system: You are a helpful assistant.
user:
Analyze the provided spectrum to determine if it is a **M-type Giant (gM)**.

A M-type Giant spectrum is defined by its **strong molecular absorption** features, particularly from **Titanium Oxide (TiO)**. You must check for one of the following mutually exclusive signatures:

- **Key Visual Indicators (Absorption-Dominated Spectrum):**

    - **(Primary):** The spectrum is dominated by strong molecular absorption from **Titanium Oxide (TiO)**. This is the **defining feature** of its M-type temperature class.
        - **(Key Bandheads):** Look for sharp, "saw-tooth" absorption valleys. The strongest are located near **~7050 Å**, **~6160 Å**, and **~5170 Å**.
        - **(Line Profile):** The "saw-tooth" morphology is critical: a **sharp, steep drop on the BLUE (short-wavelength) side** of the bandhead, followed by a gradual recovery (rising flux) towards the RED (long-wavelength) side.

    - **(Key Confirmation - Giant vs. Dwarf):** **ABSENCE** of strong **Calcium Hydride (CaH)** molecular bands. This is the primary diagnostic for *excluding* M-dwarfs.
        - **(Key Region):** The spectrum should lack the strong, broad absorption band seen in dwarfs between **~6800 Å and ~7000 Å**.

    - **(Secondary Confirmation - Giant):** A very strong and broad **Neutral Calcium (Ca I)** atomic absorption line.
        - **(Key Line):** Located at **~4226 Å**. In a giant (gM), this line is significantly deeper and broader than the same line in an M-dwarf (dM) due to low surface gravity.

    - **(Overall Spectrum):**
        - The continuum is **extremely red-sloping** (i.e., flux is very low in the blue and rises dramatically towards the red).
        - The entire spectrum appears "chopped up" by the deep TiO bands.

Think first, call **spectral_visualization_tool** if needed to examine features in detail, then provide your final answer. Your response must adhere to the following strict rules:
1.  **Overall Structure:** Your response must follow the format `<think>...</think> <tool_call>...</tool_call> (if a tool is used) <answer>...</answer>`.
2.  **Tool Usage Constraint:** You may only make **one** tool call per turn.
3.  **Final Answer Format:** In the `<answer>` tag, your conclusion must be inside a `\boxed{}` command (e.g., `\boxed{YES}` or `\boxed{NO}`), followed by your justification.

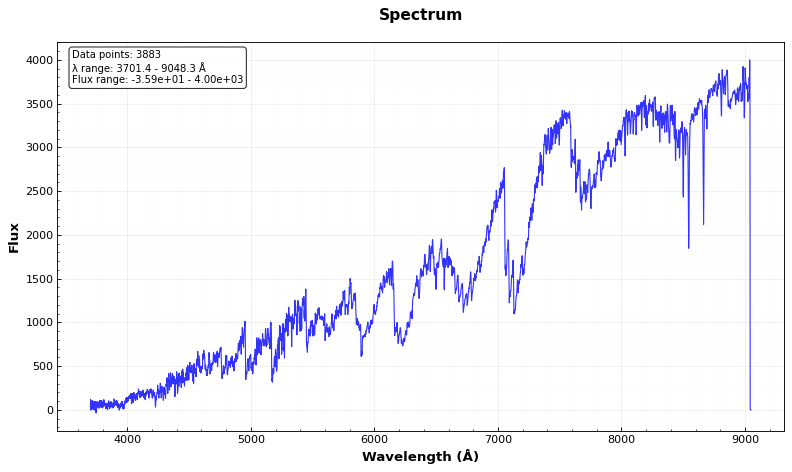
Answer: YES